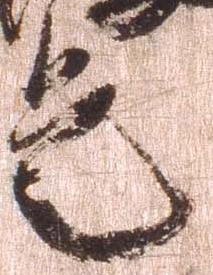
是